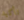
تأكيد